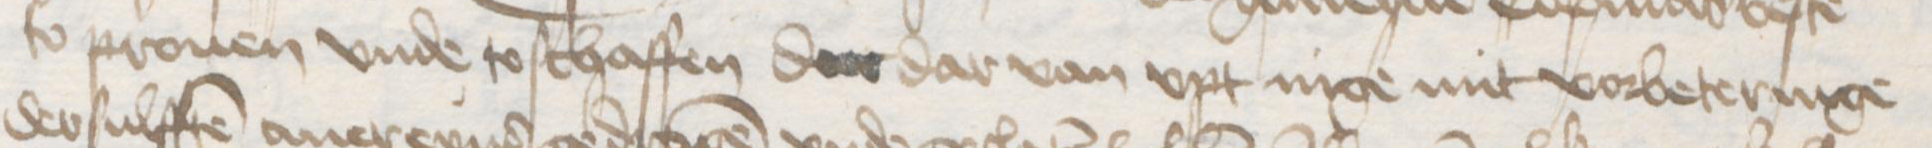
Transcription: so prouen vnde to schaffen der dar van vpt nige mit vorbeteringe